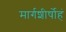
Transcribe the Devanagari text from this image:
मार्गशीर्षोहं